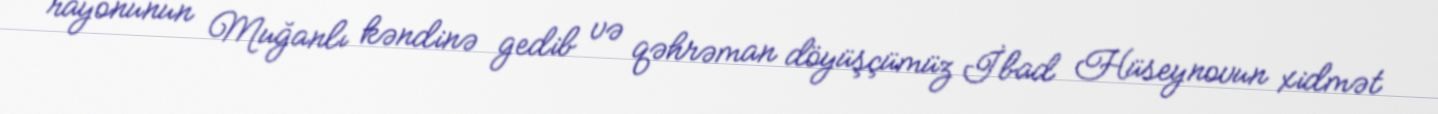
rayonunun Muğanlı kəndinə gedib və qəhrəman döyüşçümüz İbad Hüseynovun xidmət